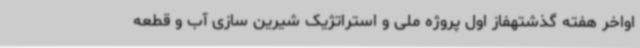
اواخر هفته گذشتهفاز اول پروژه ملی و استراتژیک شیرین سازی آب و قطعه